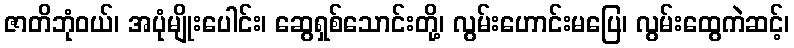
ဇာတိဘုံဝယ်၊ အပုံမျိုးပေါင်း၊ ဆွေရှစ်သောင်းတို့၊ လွမ်းဟောင်းမပြေ၊ လွမ်းထွေကဲဆင့်၊